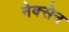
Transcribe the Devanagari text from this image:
नेक्सेन